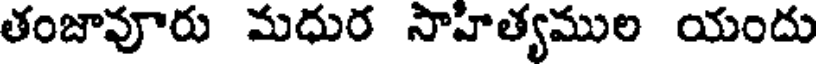
తంజావూరు మధుర సాహిత్యముల యందు